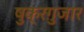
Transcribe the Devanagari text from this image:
षुक्रग़ुजार